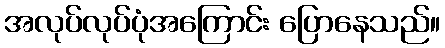
အလုပ်လုပ်ပုံအကြောင်း ပြောနေသည်။